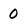
Character: 0